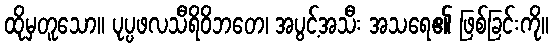
ထိုမှတူသော။ ပုပ္ပဖလသီရိဝိဘတေ၊ အပွင့်အသီး အသရေ၏ ဖြစ်ခြင်းကို။